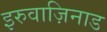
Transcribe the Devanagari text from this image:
इरुवाज़िनाड